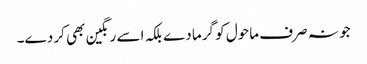
جو نہ صرف ماحول کو گرما دے بلکہ اسے رنگین بھی کر دے۔